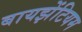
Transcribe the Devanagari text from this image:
बायझेंटियम